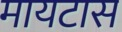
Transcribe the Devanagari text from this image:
मायटास